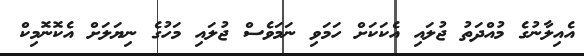
އެއިލާނުގެ މުއްދަތު ޖުލައި އެކަކަށް ހަމަވި ނަމަވެސް ޖުލައި މަހުގެ ނިޔަލަށް އެކޮނޮމިކް